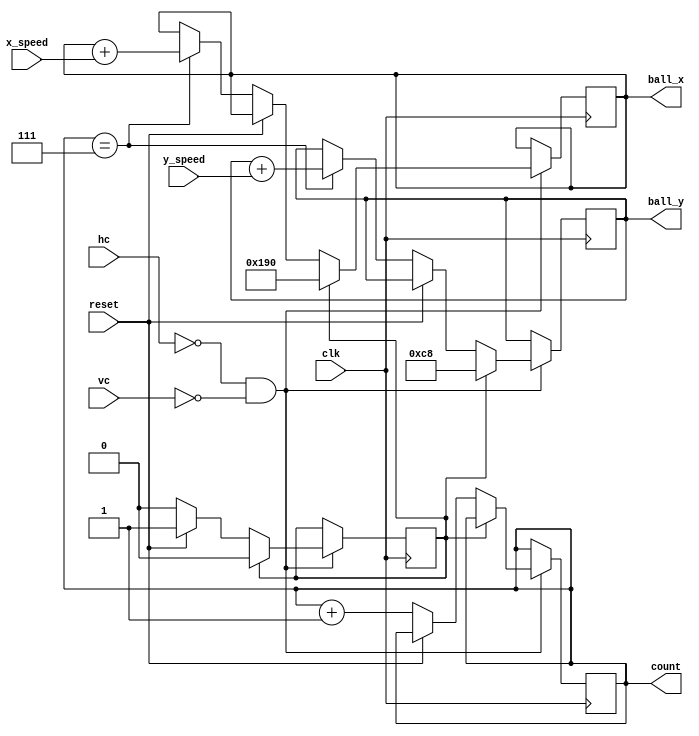
`timescale 1ns / 1ps
//////////////////////////////////////////////////////////////////////////////////
// Company: 
// Engineer: 
// 
// Design Name: 
// Module Name: mover
// Project Name: 
// Target Devices: 
// Tool Versions: 
// Description: 
// 
// Dependencies: 
// 
// Revision:
// Revision 0.01 - File Created
// Additional Comments:
// 
//////////////////////////////////////////////////////////////////////////////////


module mover(
    input clk,
    input reset,
    input [7:0] x_speed,
    input [7:0] y_speed,
    input [9:0] hc,
    input [9:0] vc,
    output reg [13:0] ball_x,
    output reg [13:0] ball_y,
    output reg [2:0] count = 0
    );
    
   reg first_time=1; 
//   reg [2:0] count=0; 
    always@(posedge clk)
     begin
        if ((hc==0)&(vc==0)) // once per frame
            begin
            if (first_time==1)
                begin
                    ball_x=400;
                    ball_y=200;
                    first_time<=0;
                end
            else if (reset==1)
                begin
                    first_time<=1;
                end
            else
                begin
                    count<=count+1;
                    if (count==7)
                    begin
                        ball_x<=ball_x+x_speed;
                        ball_y<=ball_y+y_speed; //We only want the ball to fall for dance dance revolution
                    end    
                end
         end                  
     end
endmodule